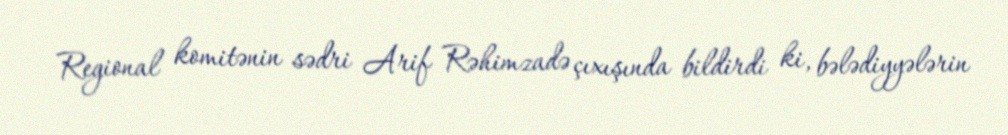
Regional komitənin sədri Arif Rəhimzadə çıxışında bildirdi ki, bələdiyyələrin